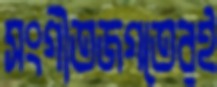
সংগীতজগতেরই